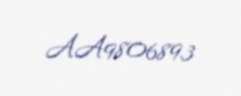
AA9806893